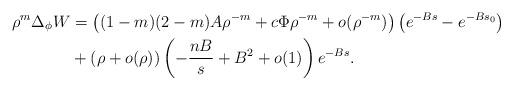
LaTeX: \begin{align*}\rho^m\Delta_\phi W & = \left((1-m)(2-m)A\rho^{-m} + c\Phi \rho^{-m} + o(\rho^{-m})\right)\left(e^{-Bs}-e^{-Bs_0}\right) \\& + \left(\rho + o(\rho)\right)\left(-\frac{nB}{s}+B^2+o(1)\right)e^{-Bs}.\end{align*}